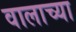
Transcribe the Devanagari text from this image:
वालाच्या